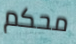
محكم